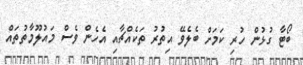
ބޯޓާ ގުޅުން ހުރި ކަމަށް ބެލެވޭ އިތުރު ތަކެއްޗާއި އެހެން ވެސް މައުލޫމާތުތައް